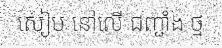
សៀម នៅលើ ជញ្ជាំង ថ្ម